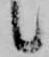
候